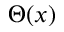
\Theta ( x )